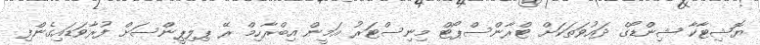
ޔޮޝިޓާކާ ޝިންޑޯގެ ދައުވަތަކަށް ޓްރާންސްޕޯޓް މިނިސްޓަރު އަމީން އިބްރާހިމް ރޭ ޕިލިޕީންސަށް ފުރާވަޑައިގެންފި